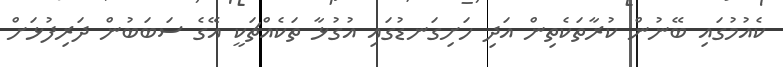
ކެއުމުގައި ބޭނުން ކުރާތަކެތިން އަދި ހަށިގަނޑުގައި އުގުޅާ ތަކެއްޗަކީ އޭގެ ސަބަބުން ދަރިފުޅަށް